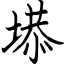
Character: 塨